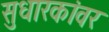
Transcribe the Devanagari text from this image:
सुधारकांवर